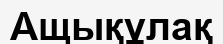
Ащықұлақ